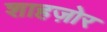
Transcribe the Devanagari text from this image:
शाहज़ोर